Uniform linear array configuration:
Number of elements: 24
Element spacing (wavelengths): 0.75
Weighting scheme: kaiser
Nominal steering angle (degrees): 30
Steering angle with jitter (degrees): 29.666
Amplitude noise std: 0.05
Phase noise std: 0.05

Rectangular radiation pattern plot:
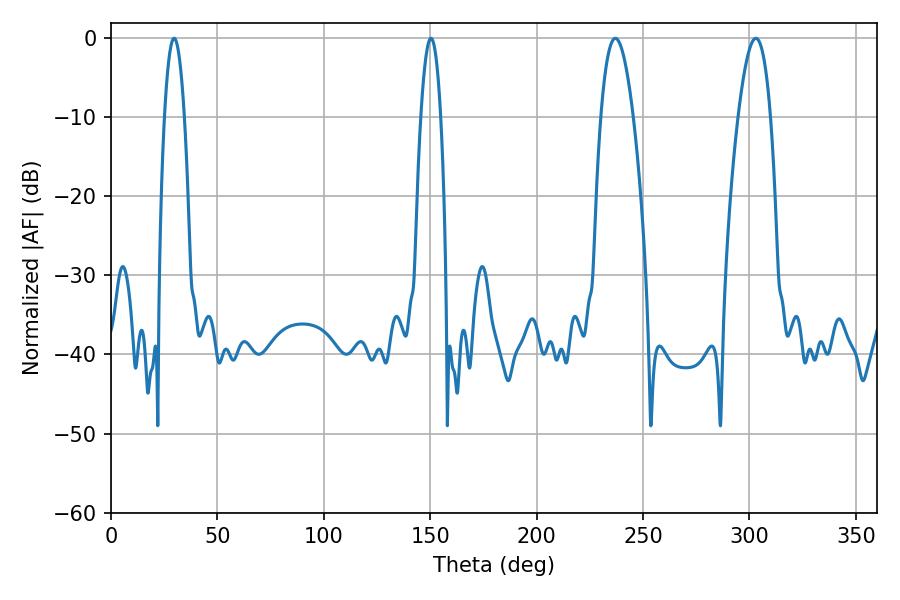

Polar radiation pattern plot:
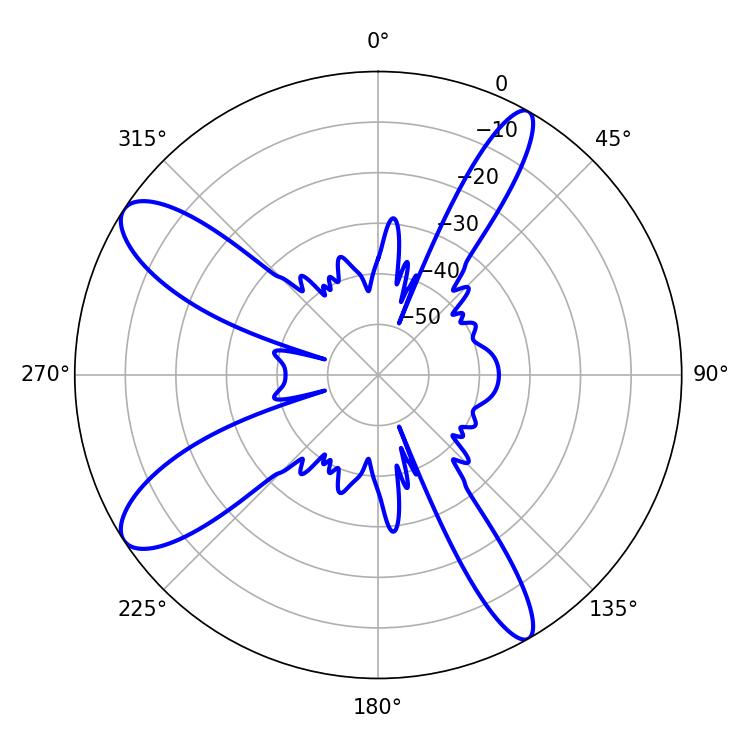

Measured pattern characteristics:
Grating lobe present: TRUE
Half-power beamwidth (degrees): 5.04
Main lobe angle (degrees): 29.7